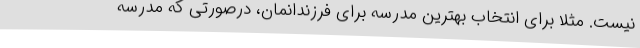
نیست. مثلا برای انتخاب بهترین مدرسه برای فرزندانمان، درصورتی که مدرسه